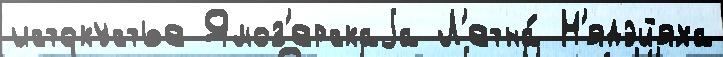
истокустье Ямоз'ерскаjа Л'етна́ Н'ядэйяха